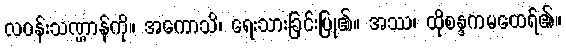
လဝန်းသဏ္ဌာန်ကို။ အကောသိ၊ ရေးသားခြင်းပြု၏။ အဿ၊ ထိုစန္ဒကမထေရ်၏။